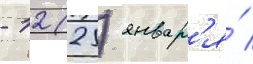
- 12 (25) январ'я́